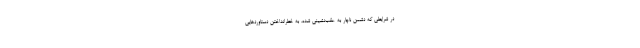
در شرایطی که دشمن ناچار به عقب‌نشینی شده، به خطرانداختن دستاوردهایی